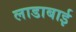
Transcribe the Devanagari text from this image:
लाडाबाई